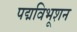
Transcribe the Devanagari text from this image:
पद्मविभूशन